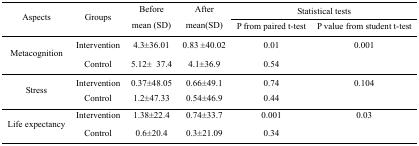
| <ROWSPAN=3> Aspects | <ROWSPAN=3> Groups | <ROWSPAN=3> Before mean (SD) | <ROWSPAN=3> After mean(SD) | <COLSPAN=2> Statistical tests |
 | P from paired t-test | P value from student t-test |
 | --- | --- | --- | --- | --- | --- |
 | <ROWSPAN=2> Metacognition | Intervention | 4.3±36.01 | 0.83± 40.02 | 0.01 | 0.001 |
 | Control | 5.12± 37.4 | 4.1±36.9 | 0.54 |  |
 | <ROWSPAN=2> Stress | Intervention | 0.37±48.05 | 0.66±49.1 | 0.74 | 0.104 |
 | Control | 1.2±47.33 | 0.54±46.9 | 0.44 |  |
 | <ROWSPAN=2> Life expectancy | Intervention | 1.38±22.4 | 0.74±33.7 | 0.001 | 0.03 |
 | Control | 0.6±20.4 | 0.3±21.09 | 0.34 |  |